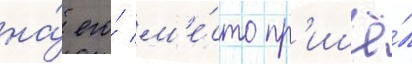
на́ его́ м'е́сто пр'ишё́л